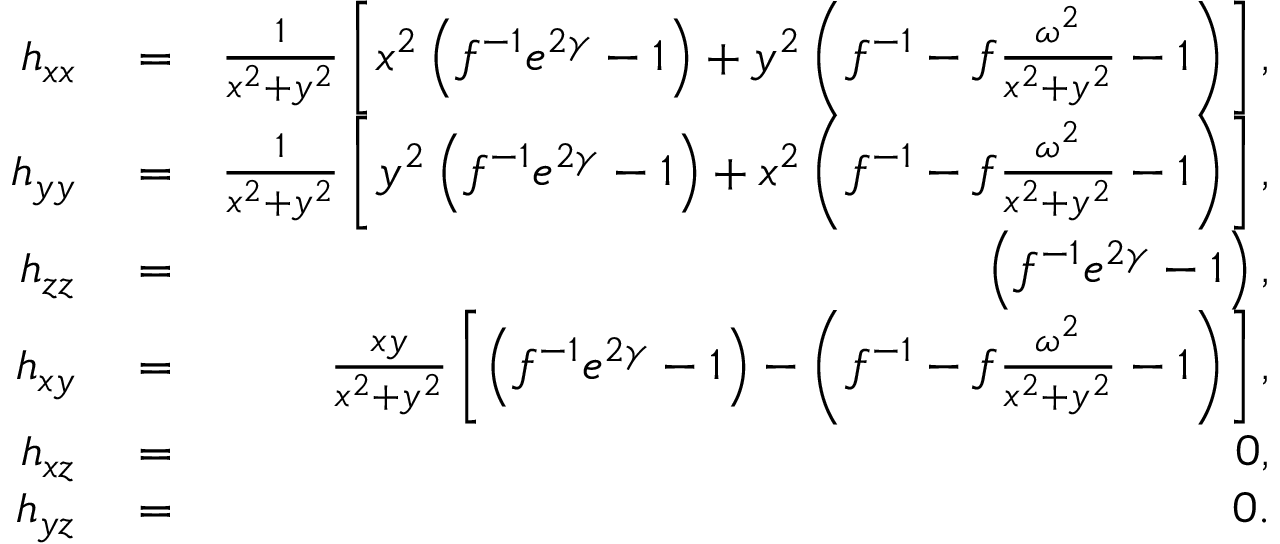
\begin{array} { r l r } { h _ { x x } } & { { } = } & { \frac { 1 } { x ^ { 2 } + y ^ { 2 } } \left[ x ^ { 2 } \left( f ^ { - 1 } e ^ { 2 \gamma } - 1 \right) + y ^ { 2 } \left( f ^ { - 1 } - f \frac { \omega ^ { 2 } } { x ^ { 2 } + y ^ { 2 } } - 1 \right) \right] , } \\ { h _ { y y } } & { { } = } & { \frac { 1 } { x ^ { 2 } + y ^ { 2 } } \left[ y ^ { 2 } \left( f ^ { - 1 } e ^ { 2 \gamma } - 1 \right) + x ^ { 2 } \left( f ^ { - 1 } - f \frac { \omega ^ { 2 } } { x ^ { 2 } + y ^ { 2 } } - 1 \right) \right] , } \\ { h _ { z z } } & { { } = } & { \left( f ^ { - 1 } e ^ { 2 \gamma } - 1 \right) , } \\ { h _ { x y } } & { { } = } & { \frac { x y } { x ^ { 2 } + y ^ { 2 } } \left[ \left( f ^ { - 1 } e ^ { 2 \gamma } - 1 \right) - \left( f ^ { - 1 } - f \frac { \omega ^ { 2 } } { x ^ { 2 } + y ^ { 2 } } - 1 \right) \right] , } \\ { h _ { x z } } & { { } = } & { 0 , } \\ { h _ { y z } } & { { } = } & { 0 . } \end{array}